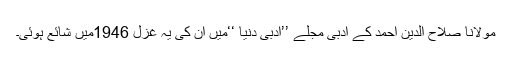
مولانا صلاح الدین احمد کے ادبی مجلے ’’ادبی دنیا ‘‘میں ان کی یہ غزل 1946میں شائع ہوئی۔